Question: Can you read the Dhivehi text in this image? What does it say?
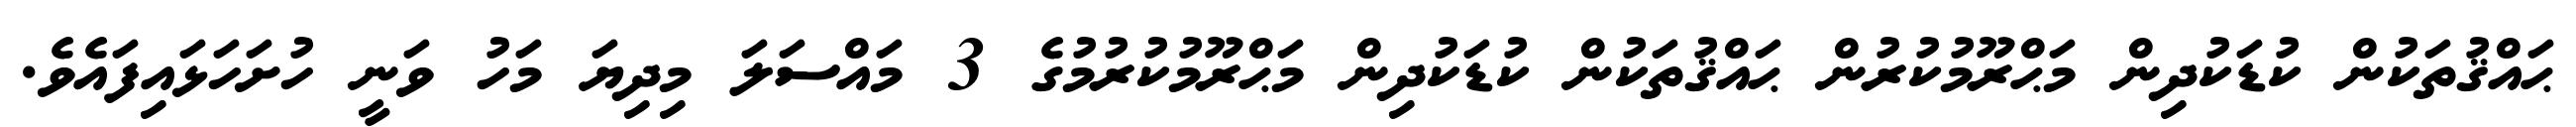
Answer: ޙައްޤުތަކުން ކުޑަކުދިން މަޙްރޫމުކުރުން ޙައްޤުތަކުން ކުޑަކުދިން މަޙްރޫމުކުރުމުގެ 3 މައްސަލަ މިދިޔަ މަހު ވަނީ ހުށަހަޅައިފައެވެ.